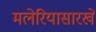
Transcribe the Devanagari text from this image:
मलेरियासारखे